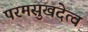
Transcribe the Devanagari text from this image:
परमसुखदेत्व